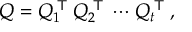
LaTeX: Q = Q _ { 1 } ^ { \textsf { T } } Q _ { 2 } ^ { \textsf { T } } \cdots Q _ { t } ^ { \textsf { T } } ,